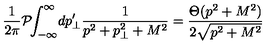
\frac { 1 } { 2 \pi } \mathcal { P } \! \! \int _ { - \infty } ^ { \infty } \! d p _ { \perp } ^ { \prime } \frac { 1 } { p ^ { 2 } + p _ { \perp } ^ { 2 } + M ^ { 2 } } = \frac { \Theta ( p ^ { 2 } + M ^ { 2 } ) } { 2 \sqrt { p ^ { 2 } + M ^ { 2 } } }